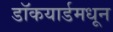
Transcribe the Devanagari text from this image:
डॉकयार्डमधून